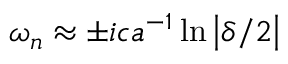
\omega _ { n } \approx \pm i c a ^ { - 1 } \ln \left| \delta / 2 \right|